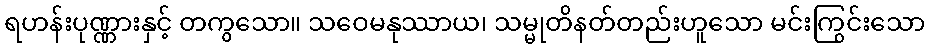
ရဟန်းပုဏ္ဏားနှင့် တကွသော။ သဝေမနုဿာယ၊ သမ္မုတိနတ်တည်းဟူသော မင်းကြွင်းသော